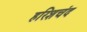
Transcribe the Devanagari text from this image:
हरिशचंद